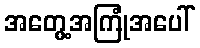
အတွေ့အကြုံအပေါ်